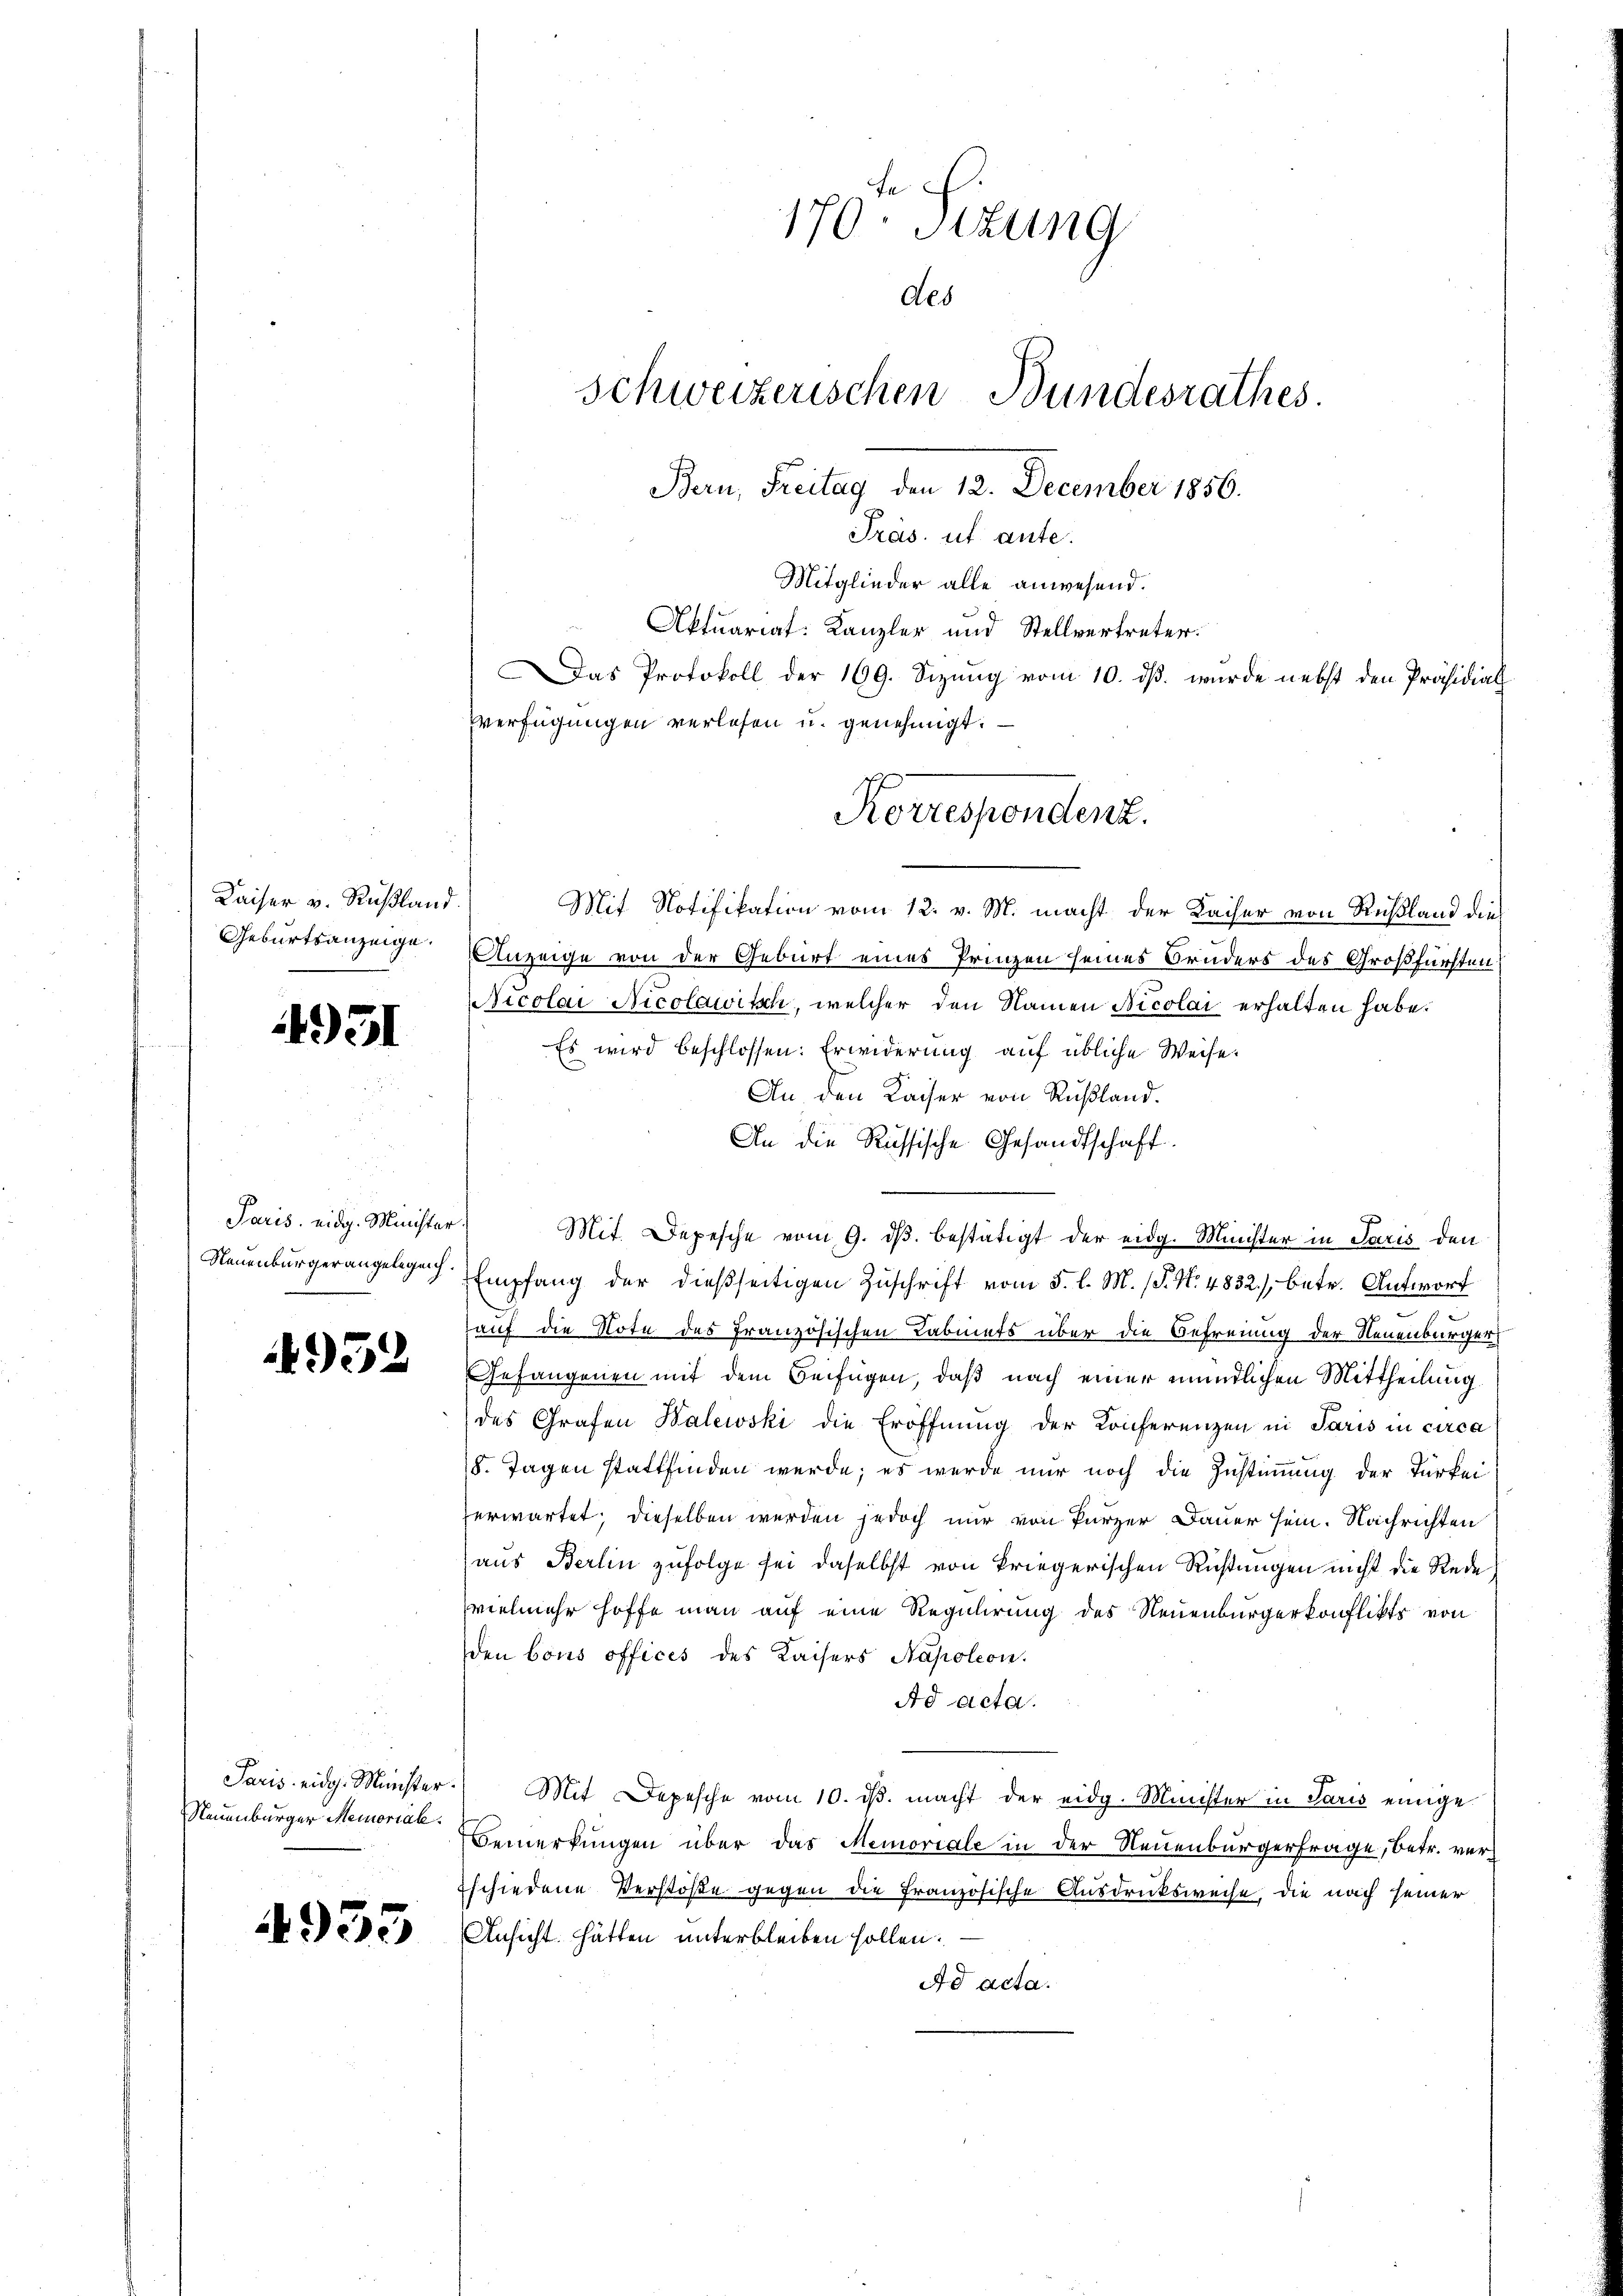
Kaiser v. Rußland.
Geburtsanzeige.

4951

952

Neuenburger Memorial.

4953

Paris eidg. Minister
Neuenburger angelegen

Mit Notifikation vom 12. v. M. macht der Kaiser von Rußland die
Anzeige von der Geburt eines Prinzen seines Bruders des Großfürsten;
Nicolai Nicolawitsch, welcher den Namen Nicolai erhalten habe.
Es wird beschlossen: Erwiderung auf übliche Weise.
An, den Kaiser von Rußland.
An die Russische Gesandtschaft
Mit. Depesche vom 9. dβ bestätigt der eidg. Minister in Paris den
Empfang der dießseitigen Zuschrift vom 5. l. M. (T. N. 4832), betr. Antwort
auf die Note des französischen Labinets über die Befreiung der Neuenburger
Gefangenen mit dem Beifügen, daß nach einer mündlichen Mittheilung.
des Grafen Walewski die Eröffnung der Konferenzen in Paris in circa
8. Tagen stattfinden werde; es werde nur noch die Zustimmung der Türkei
erwartet; dieselben werden jedoch nur von kurzer Dauer sein. Nachrichten
aus Berlin zufolge sei daselbst von kriegerischen Richtungen nicht die Rede
(vielmehr hoffe man auf eine Regulirung des Neuenburgerkonflikts von
den bons offices des Kaisers Napoleon.
Ad acta.
Paris eidg. Münster. Mit Depesche vom 10. ds. macht der eidg. Minister in Paris einige
Bemerkungen über das Memoriale in der Neuenburgerfrage, betr. verschiedene Verstöße gegen die französische Ausdrucksweise, die nach seiner
Ansicht hätten unterbleiben sollen.
Ad acta.

170. Sizung
des
Schweizerischen Bundesrathes.
Bern, Freitag den 12. December 1856.
Präs. ut ante.
Mitglieder alle anwesend.
Aktuariat: Kanzler und Stellvertreter.
as Protokoll der 169. Sizung vom 10. dß wurde nebst den Präsidial
Verfügungen verlesen u. genehmigt.

Korrespondenz.